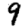
Digit: 9